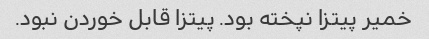
خمیر پیتزا نپخته بود. پیتزا قابل خوردن نبود.